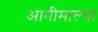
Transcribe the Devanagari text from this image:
आनीमाल्या